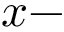
x -